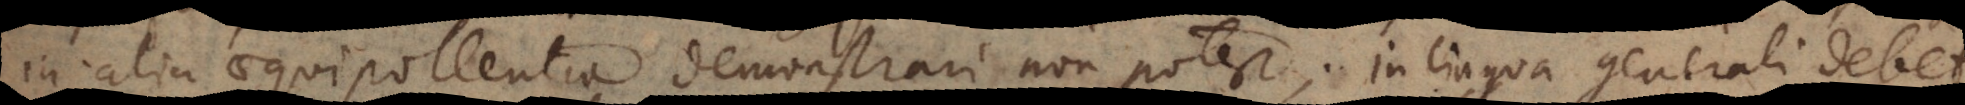
in alia aequipollentia demonstrari non potest; in lingua generali debet